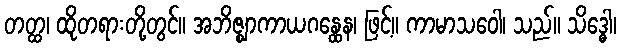
တတ္ထ၊ ထိုတရားတို့တွင်။ အဘိဇ္ဈာကာယဂန္ထေန၊ ဖြင့်။ ကာမာသဝေါ၊ သည်။ သိဒ္ဓေါ၊